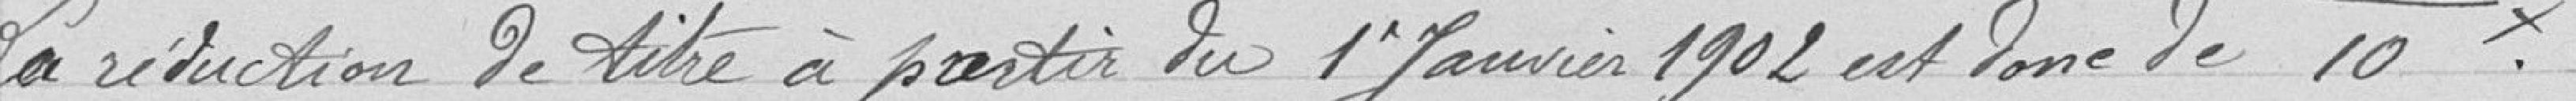
la réduction de titre à partir du premier janvier 1902 est donc de 10 francs